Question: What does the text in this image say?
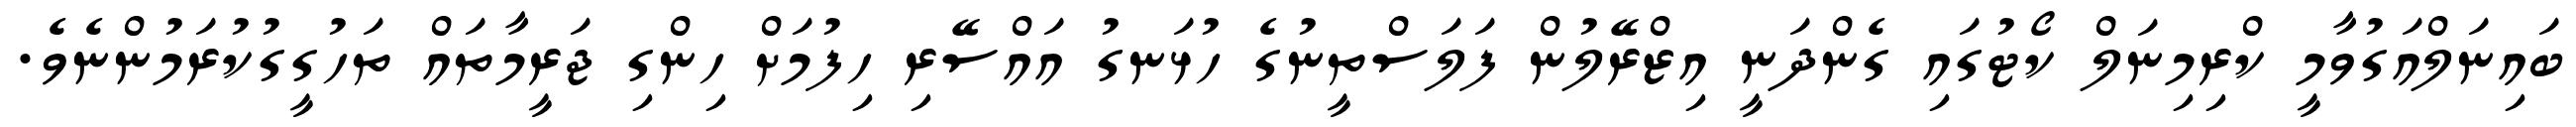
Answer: ބައިނަލްއަގުވާމީ ކްރިމިނަލް ކޯޓުގައި ގެންދަނީ އިޒްރޭލުން ފަލަސްތީނުގެ ހުޅަނގު އައްސޭރި ހިފުމަށް ހިންގި ޖަރީމާތައް ތަހުގީގުކުރަމުންނެވެ.